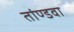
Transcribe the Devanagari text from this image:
तांण्डवा